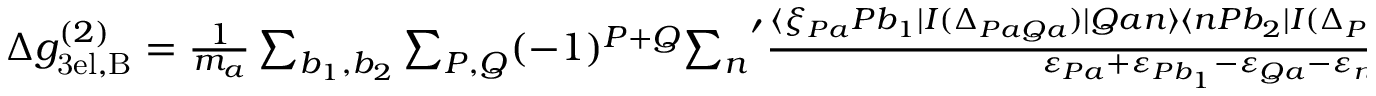
\begin{array} { r } { \Delta g _ { \mathrm { 3 e l , B } } ^ { ( 2 ) } = \frac { 1 } { m _ { a } } \sum _ { b _ { 1 } , b _ { 2 } } \sum _ { P , Q } ( - 1 ) ^ { P + Q } { \sum _ { n } } ^ { \prime } \frac { \langle \xi _ { P a } P b _ { 1 } | I ( \Delta _ { P a Q a } ) | Q a n \rangle \langle n P b _ { 2 } | I ( \Delta _ { P b _ { 2 } Q b _ { 2 } } ) | Q b _ { 1 } Q b _ { 2 } \rangle } { \varepsilon _ { P a } + \varepsilon _ { P b _ { 1 } } - \varepsilon _ { Q a } - \varepsilon _ { n } } \, , } \end{array}